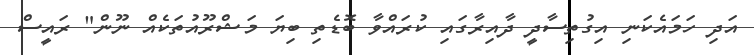
އަދި ހަމައެކަނި އިގުތިސާދީ ދާއިރާގައި ކުރައްވާ ބޮޑެތި ބިޔަ މަޝްރޫއުތަކެއް ނޫން" ރައީސް